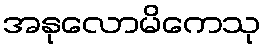
အနုလောမိကေသု